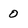
Character: 0